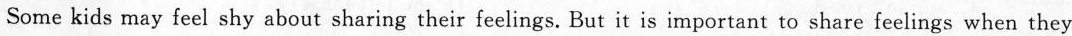
Some kids may feel shy about sharing their feelings. But it is important to share feelings when they